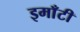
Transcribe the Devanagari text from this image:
इमाँटी